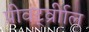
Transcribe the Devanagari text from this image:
प्रीवर्ट्व्रीाल